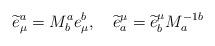
LaTeX: \begin{align*}\widetilde{e}_{\mu }^{a}=M_{b}^{a}e_{\mu }^{b},\quad \widetilde{e}_{a}^{\mu}=\widetilde{e}_{b}^{\mu }M_{a}^{-1b}\end{align*}